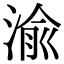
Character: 渝